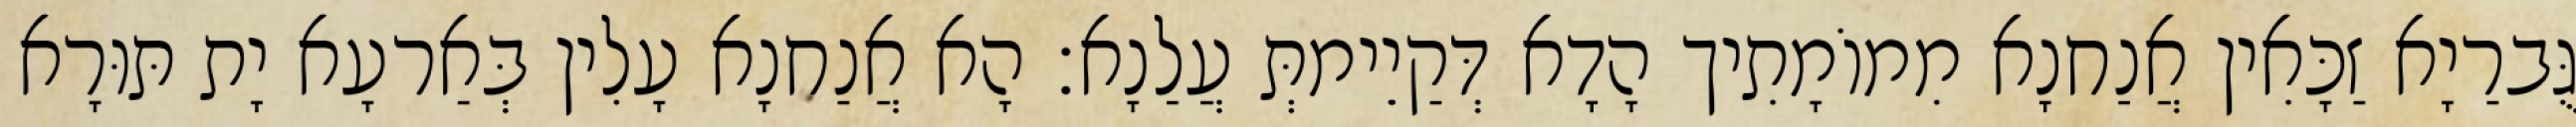
גֻּברַיָא זַכָּאִין אֲנַחנָא מִמוֹמָתִיך הָדָא דְּקַיֵימתְּ עֲלַנָא׃ הָא אֲנַחנָא עָלִין בְּאַרעָא יָת תּוּרָא